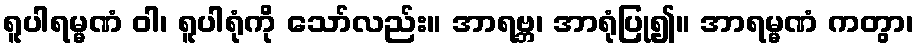
ရူပါရမ္မဏံ ဝါ၊ ရူပါရုံကို သော်လည်း။ အာရဗ္ဘ၊ အာရုံပြု၍။ အာရမ္မဏံ ကတွာ၊